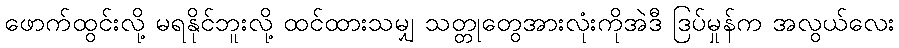
ဖောက်ထွင်းလို့ မရနိုင်ဘူးလို့ ထင်ထားသမျှ သတ္တုတွေအားလုံးကိုအဲဒီ ဒြပ်မှုန်က အလွယ်လေး